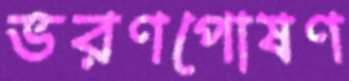
ভরণপোষণ